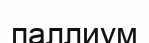
паллиум